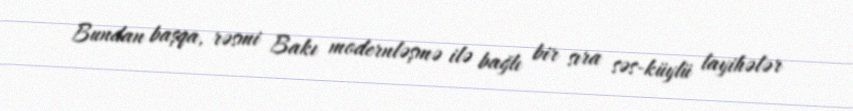
Bundan başqa, rəsmi Bakı modernləşmə ilə bağlı bir sıra səs-küylü layihələr